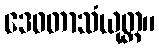
ဒေဝတာသံယုတ္တ။